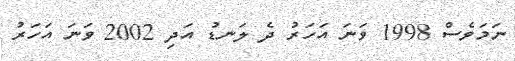
ނަމަވެސް 1998 ވަނަ އަހަރު ދެ ލަނޑު އަދި 2002 ވަނަ އަހަރު